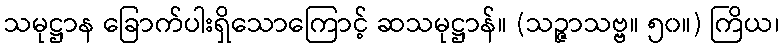
သမုဋ္ဌာန ခြောက်ပါးရှိသောကြောင့် ဆသမုဋ္ဌာန်။ (သဉ္ဇာသဗ္ဗ။ ၅၀။) ကြိယ၊